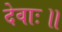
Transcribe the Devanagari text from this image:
देवाः॥